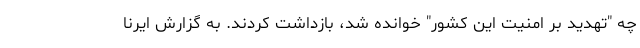
چه "تهدید بر امنیت این کشور" خوانده شد، بازداشت کردند. به گزارش ایرنا